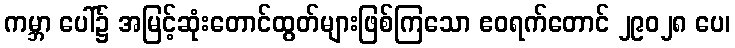
ကမ္ဘာ ပေါ်၌ အမြင့်ဆုံးတောင်ထွတ်များဖြစ်ကြသော ဧဝရက်တောင် ၂၉၀၂၈ ပေ၊